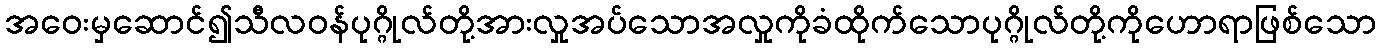
အဝေးမှဆောင်၍သီလဝန်ပုဂ္ဂိုလ်တို့အားလှုအပ်သောအလှုကိုခံထိုက်သောပုဂ္ဂိုလ်တို့ကိုဟောရာဖြစ်သော